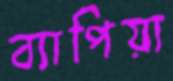
ব্যাপিয়া